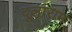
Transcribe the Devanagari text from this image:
दूलाराम